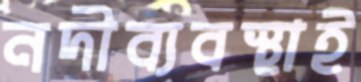
নদীব্যবস্থাই